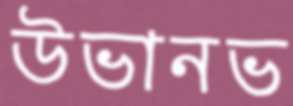
উভানভ